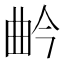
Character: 𭨛